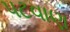
પટવાણ